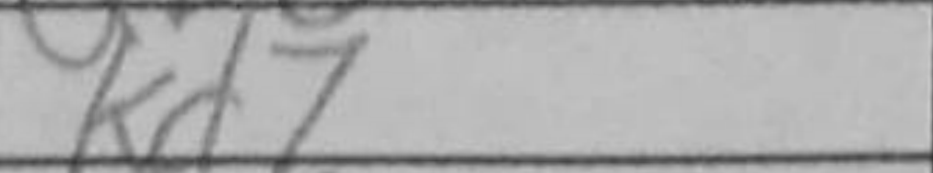
Transcription: Kd7